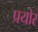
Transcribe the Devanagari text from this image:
प्रयोर